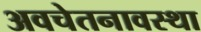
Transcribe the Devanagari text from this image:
अवचेतनावस्था